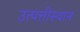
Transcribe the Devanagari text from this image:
उत्पत्तीस्थान